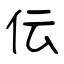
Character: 伝